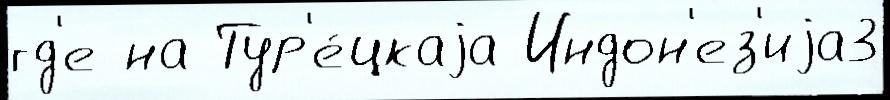
гд'е на Тур'е́цкаjа Индон'ез'иjа3